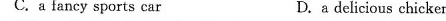
C.a fancy sports car D.adelicious chicken